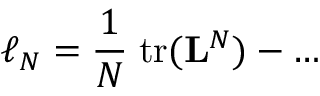
\ell _ { N } = \frac { 1 } { N } \; \mathrm { t r } ( { \bf L } ^ { N } ) - \ldots